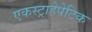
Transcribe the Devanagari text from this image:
एकस्ट्राहेपेटिक